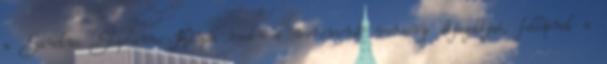
a Sanctus Stephanus Kárpát-medencei versmondó verseny díjazottjai, fellépnek a